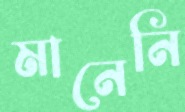
মানেনি